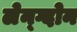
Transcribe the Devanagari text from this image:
लेन्ग्दोन